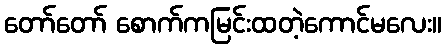
တော်တော် စောက်ကမြင်းထတဲ့ကောင်မလေး။